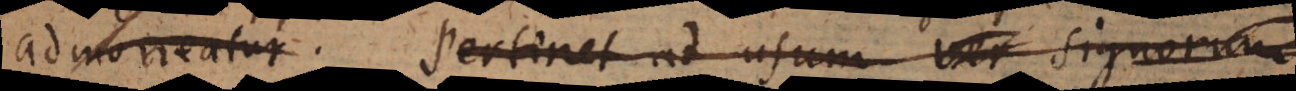
admoneatur. Pertinet ad usum (aaa) ver